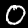
Label: 0